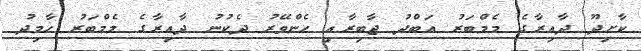
ކާށިދޫ ދާއިރާގެ މެމްބަރު އަބްދު ޖާބިރާއި ހެންވޭރު ދެކުނު ދާއިރާގެ މެމްބަރު ހާމިދު